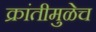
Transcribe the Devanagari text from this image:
क्रांतीमुळेच